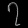
Digit: ၇